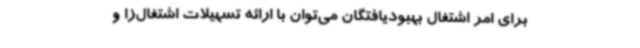
برای امر اشتغال بهبودیافتگان می‌توان با ارائه تسهیلات اشتغال‌زا و